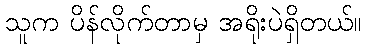
သူက ပိန်လိုက်တာမှ အရိုးပဲရှိတယ်။